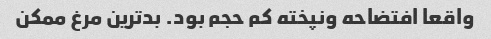
واقعا افتضاحه ونپخته کم حجم بود. بدترین مرغ ممکن